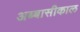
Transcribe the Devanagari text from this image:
अब्बासीकाल